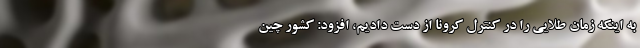
به اینکه زمان طلایی را در کنترل کرونا از دست دادیم، افزود: کشور چین